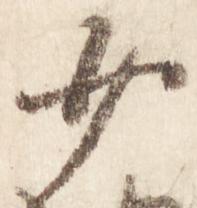
少